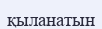
қыланатын